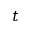
t